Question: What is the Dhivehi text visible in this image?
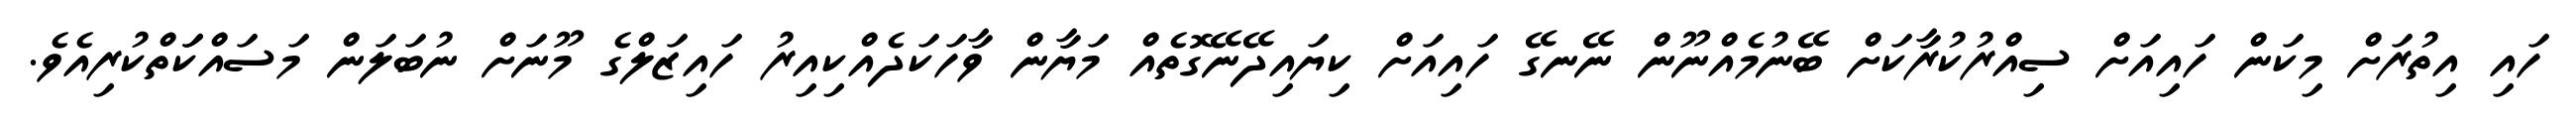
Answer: ހައި އިތުރަށް މިކަން ހައިއަށް ސިއްރުކުރާކަށް ބޭނުމެއްނޫން ނޭނގޭ ހައިއަށް ކިޔައިދޭނޭގޮތެއް މަޔާން ވާހަކަދެއްކިއިރު ހައިޒަލްގެ މޫނަށް ނުބަލަން މަސައްކަަތްކުރިއެވެ.